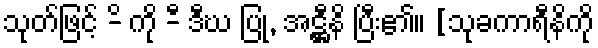
သုတ်ဖြင့် -ိ ကို -ီ ဒီဃ ပြု, အဋ္ဌီနိ ပြီး၏။ [သုခကာရီနိကို